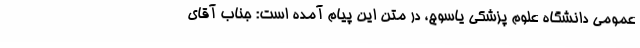
عمومی دانشگاه علوم پزشکی یاسوج، در متن این پیام آمده است: جناب آقای